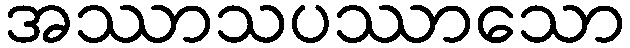
အဿာသပဿာသော